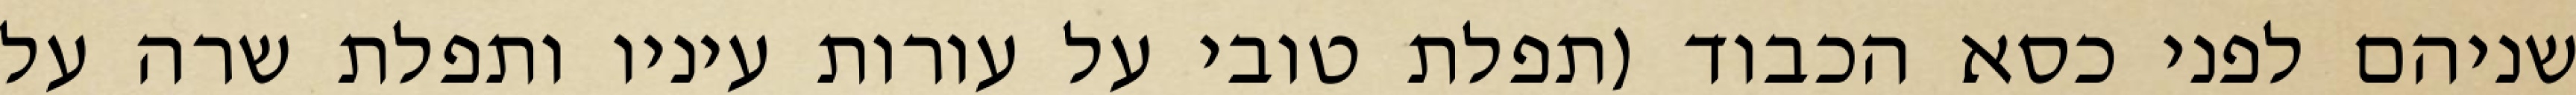
שניהם לפני כסא הכבוד (תפלת טובי על עורות עיניו ותפלת שרה על